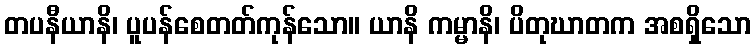
တပနီယာနိ၊ ပူပန်စေတတ်ကုန်သော။ ယာနိ ကမ္မာနိ၊ ပိတုဃာတက အစရှိသော